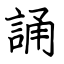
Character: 誦